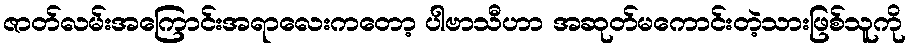
ဇာတ်လမ်းအကြောင်းအရာလေးကတော့ ပါဗာသီဟာ အဆုတ်မကောင်းတဲ့သားဖြစ်သူကို